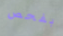
بفحص